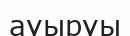
ауыруы